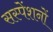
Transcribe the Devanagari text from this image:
सस्पेंशनों